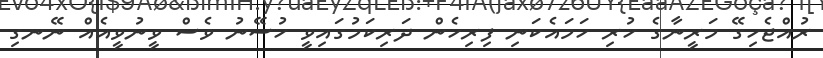
ރުއްޖެހިގޭ މަރީނާގެ ހުރި ހަމައެކަނި ފިރިހެން ދަރިކަމުގައިވީ ހުސޭނު ވެސް ވީނުވީއެއް ނޭނގި